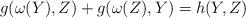
\begin{align*}g(\omega(Y), Z)+ g(\omega(Z), Y) = h(Y, Z) \end{align*}